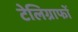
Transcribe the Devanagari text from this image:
टेलिग्राफों